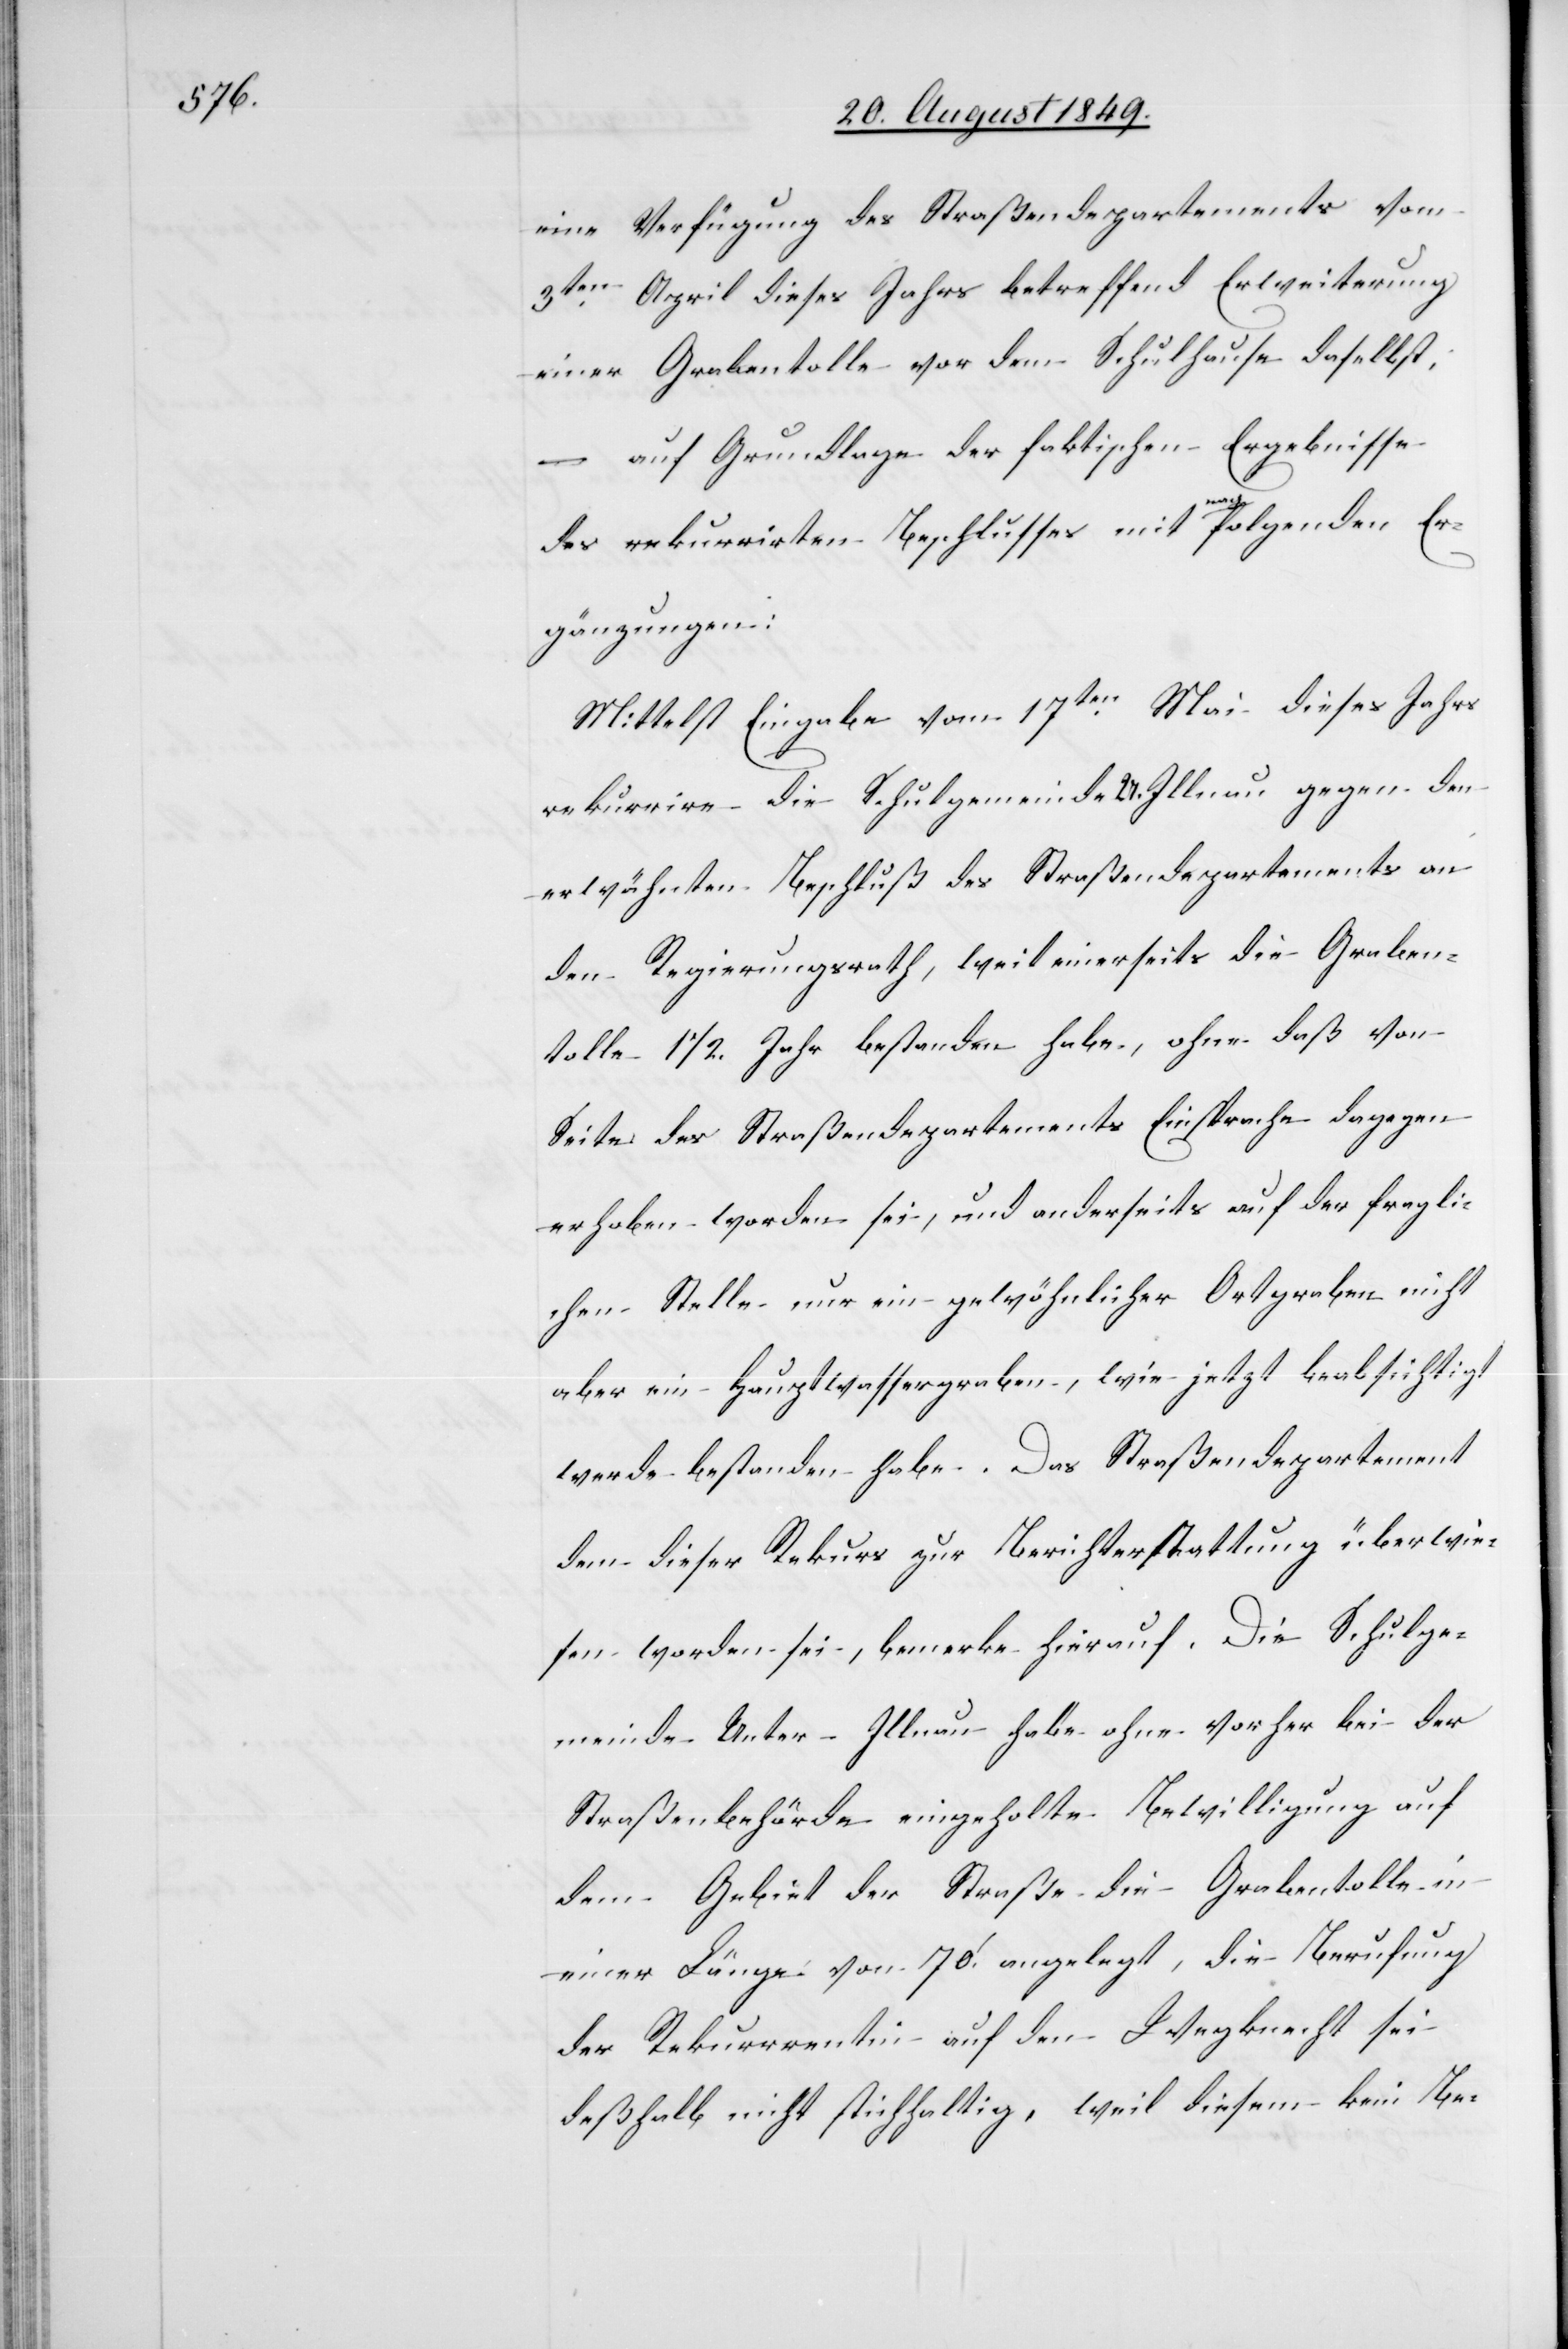
eine Verfügung des Straßendepartements vom
3ten April dieses Jahrs betreffend Erweiterung
einer Grabentolle vor dem Schulhause daselbst,
– auf Grundlage der faktischen Ergebnisse
des rekurrirten Beschlusses mit nachfolgenden Er¬
gänzungen:
Mittelst Eingabe vom 17ten Mai dieses Jahrs
rekurrire die Schulgemeinde U. Illnau gegen den
erwähnten Beschluß des Straßendepartements an
den Regierungsrath, weil einerseits die Graben¬
tolle 1 1/2. Jahr[e] bestanden habe, ohne daß von
Seite des Straßendepartements Einsprache dagegen
erhoben worden sei, und anderseits auf der fragli¬
chen Stelle nur ein gewöhnlicher Ortgraben nicht
aber ein Hauptwassergraben, wie jetzt beabsichtigt
werde bestanden habe. Das Straßendepartement
dem dieser Rekurs zur Berichterstattung überwie¬
sen worden sei, bemerke hierauf. Die Schulge¬
meinde Unter-Illnau habe ohne vorher bei der
Straßenbehörde eingeholte Bewilligung auf
dem Gebiet der Straße die Grabentolle in
einer Länge von 70‘. angelegt, die Berufung
der Rekurrentin auf den Wegknecht sei
deßhalb nicht stichhaltig, weil diesem kein[e]